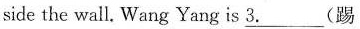
side the wall.Wang Yang is \underline{3.}___(踢